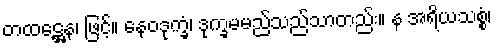
တထဋ္ဌေန၊ ဖြင့်။ နေဝဒုက္ခံ၊ ဒုက္ခမမည်သည်သာတည်း။ န အရိယသစ္စံ၊